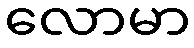
လောမာ